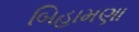
બિહામણા